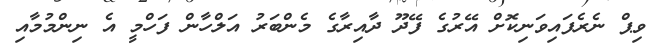
ވިޕް ނެރެފައިވަނިކޮށް އޭރުގެ ފޭދޫ ދާއިރާގެ މެންބަރު އަލްހާން ފަހްމީ އެ ނިންމުމާއި